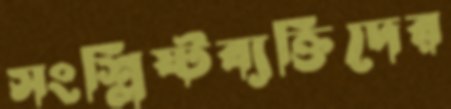
সংশ্লিষ্টব্যক্তিদের